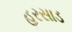
હરસાડ